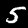
Digit: 5